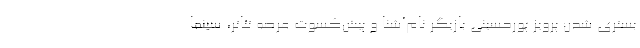
بستری شدن پرویز پورحسینی بازیگر نام‌آشنا و پیش‌کسوت عرصه تئاتر، سینما